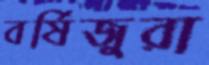
বর্ষিজুরা